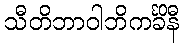
သီတိဘာဝါဘိကင်္ခိနီ